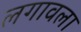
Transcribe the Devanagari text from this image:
लगावला